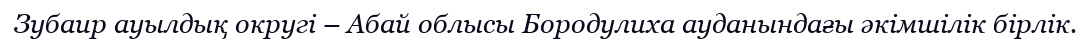
Зубаир ауылдық округі – Абай облысы Бородулиха ауданындағы әкімшілік бірлік.